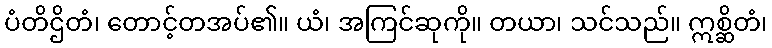
ပံတိဌိတံ၊ တောင့်တအပ်၏။ ယံ၊ အကြင်ဆုကို။ တယာ၊ သင်သည်။ ဣစ္ဆိတံ၊